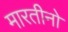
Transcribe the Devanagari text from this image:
मारतीनो